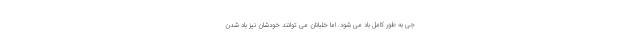
جی به طور کامل باد می شود. اما خلبانان می توانند خودشان نیز باد شدن